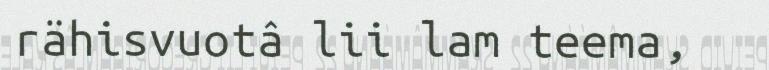
rähisvuotâ lii lam teema,